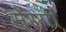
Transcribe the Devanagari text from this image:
सेरगी